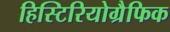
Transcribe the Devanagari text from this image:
हिस्टिरियोग्रैफिक